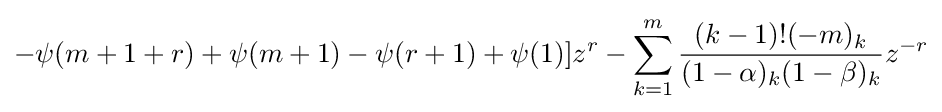
-\psi (m+1+r)+\psi (m+1)-\psi (r+1)+\psi (1)]z^{r}-\sum _{k=1}^{m}{\frac {(k-1)!(-m)_{k}}{(1-\alpha )_{k}(1-\beta )_{k}}}z^{-r}